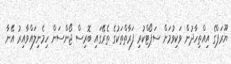
ޔޫރަޕްގެ އިއްތިހާދުން ވަކިވުމަށް ސަޕޯޓްކުރި ފަރާތްތަކުގެ ތެރޭގައި ބޮރިސް ޖޯންސަން ހިމެނިލައްވާއިރު އޭނާ